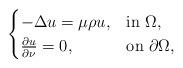
LaTeX: \begin{align*}\begin{cases}-\Delta u=\mu\rho u,&{\rm in\ }\Omega,\\\frac{\partial u}{\partial\nu}=0,&{\rm on\ }\partial\Omega,\end{cases}\end{align*}